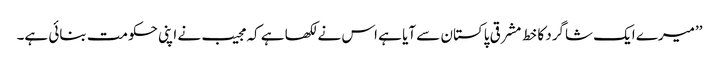
’’میرے ایک شاگرد کا خط مشرقی پاکستان سے آیا ہے اس نے لکھا ہے کہ مجیب نے اپنی حکومت بنائی ہے۔